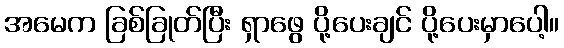
အမေက ခြစ်ခြုတ်ပြီး ရှာဖွေ ပို့ပေးချင် ပို့ပေးမှာပေါ့။